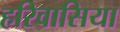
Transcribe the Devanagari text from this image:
हरिवासिया